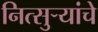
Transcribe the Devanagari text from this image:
नित्सुर्‍यांचे